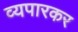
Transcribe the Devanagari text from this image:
व्यपारकर